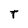
Character: t